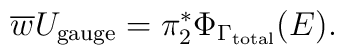
\overline{w}U_{{\rm gauge}} = \pi^{*}_{2}\Phi_{\Gamma_{{\rm total}}}(E).